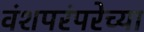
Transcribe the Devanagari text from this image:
वंशपरंपरेच्या